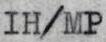
IH/MP